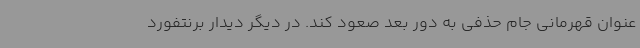
عنوان قهرمانی جام حذفی به دور بعد صعود کند. در دیگر دیدار برنتفورد